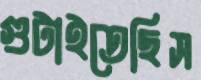
গুটাইতেছিস